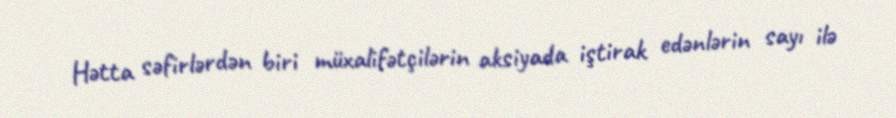
Hətta səfirlərdən biri müxalifətçilərin aksiyada iştirak edənlərin sayı ilə